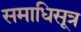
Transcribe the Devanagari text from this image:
समाधिसूत्र